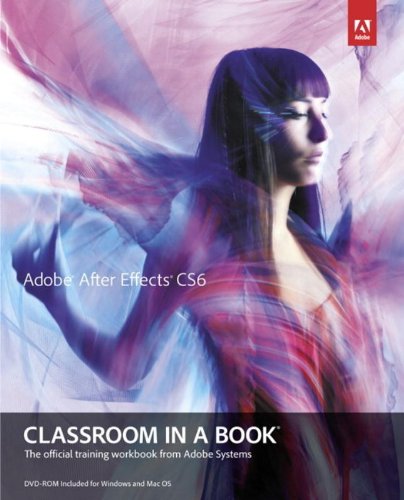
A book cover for Adobe After Effects CS6 Classroom in a Book; Adobe Creative Team; Computers & Technology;